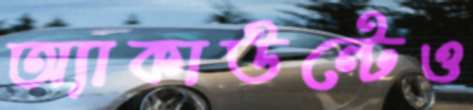
অ্যাকাউন্টেও